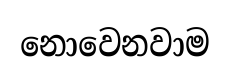
නොවෙනවාම